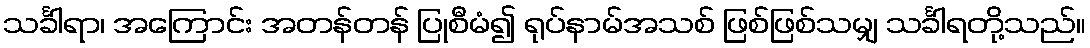
သင်္ခါရာ၊ အကြောင်း အတန်တန် ပြုစီမံ၍ ရုပ်နာမ်အသစ် ဖြစ်ဖြစ်သမျှ သင်္ခါရတို့သည်။